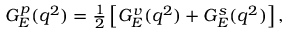
\begin{array} { r } { G _ { E } ^ { p } ( q ^ { 2 } ) = \frac 1 2 \left[ G _ { E } ^ { v } ( q ^ { 2 } ) + G _ { E } ^ { s } ( q ^ { 2 } ) \right] , } \end{array}